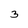
Character: 3